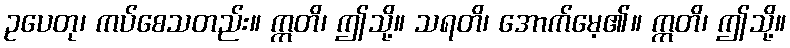
ဥပေတု၊ ကပ်စေသတည်း။ ဣတိ၊ ဤသို့။ သရတိ၊ အောက်မေ့၏။ ဣတိ၊ ဤသို့။